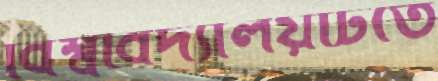
বিশ্ববিদ্যালয়টিতে